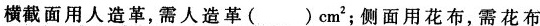
横截面用人造革，需人造革( )cm^{2}；侧面用花布，需花布